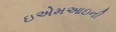
ઇએમઆઇની